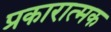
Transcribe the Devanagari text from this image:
प्रकारात्मक